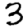
Digit: 3